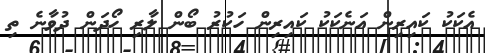
އެކަކު ކައިރިން އަނެކަކު ކައިރިން ހަކުރު ބޯން ލާރި ހޯދަން ދުވާނެ ތި